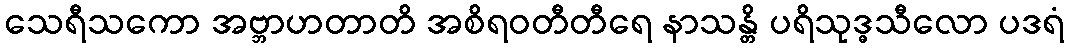
သေရီသကော အဗ္ဘာဟတာတိ အစိရဝတီတီရေ နာသန္တိ ပရိသုဒ္ဓသီလော ပဒရံ